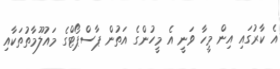
އެ ކާރުގައި އިން މީހާ ވަނީ އެ މީހުންގެ އަތުން ޕާސްޕޯޓްގެ މައުލޫމާތުތަކާއި